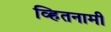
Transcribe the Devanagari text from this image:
व्हितनामी